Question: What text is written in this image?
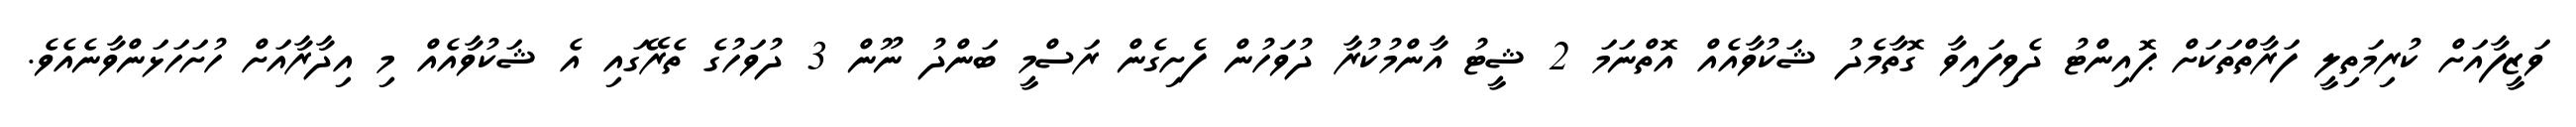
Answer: ވަޒީފާއަށް ކުރިމަތިލީ ފަރާތްތަކަށް ޕޮއިންޓު ދެވިފައިވާ ގޮތާމެދު ޝަކުވާއެއް އޮތްނަމަ 2 ޝީޓު އާންމުކުރާ ދުވަހުން ފެށިގެން ރަސްމީ ބަންދު ނޫން 3 ދުވަހުގެ ތެރޭގައި އެ ޝަކުވާއެއް މި އިދާރާއަށް ހުށަހަޅަންވާނެއެވެ.